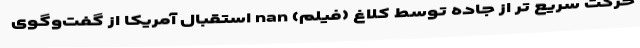
حرکت سریع تر از جاده توسط کلاغ (فیلم) nan استقبال آمریکا از گفت‌وگوی